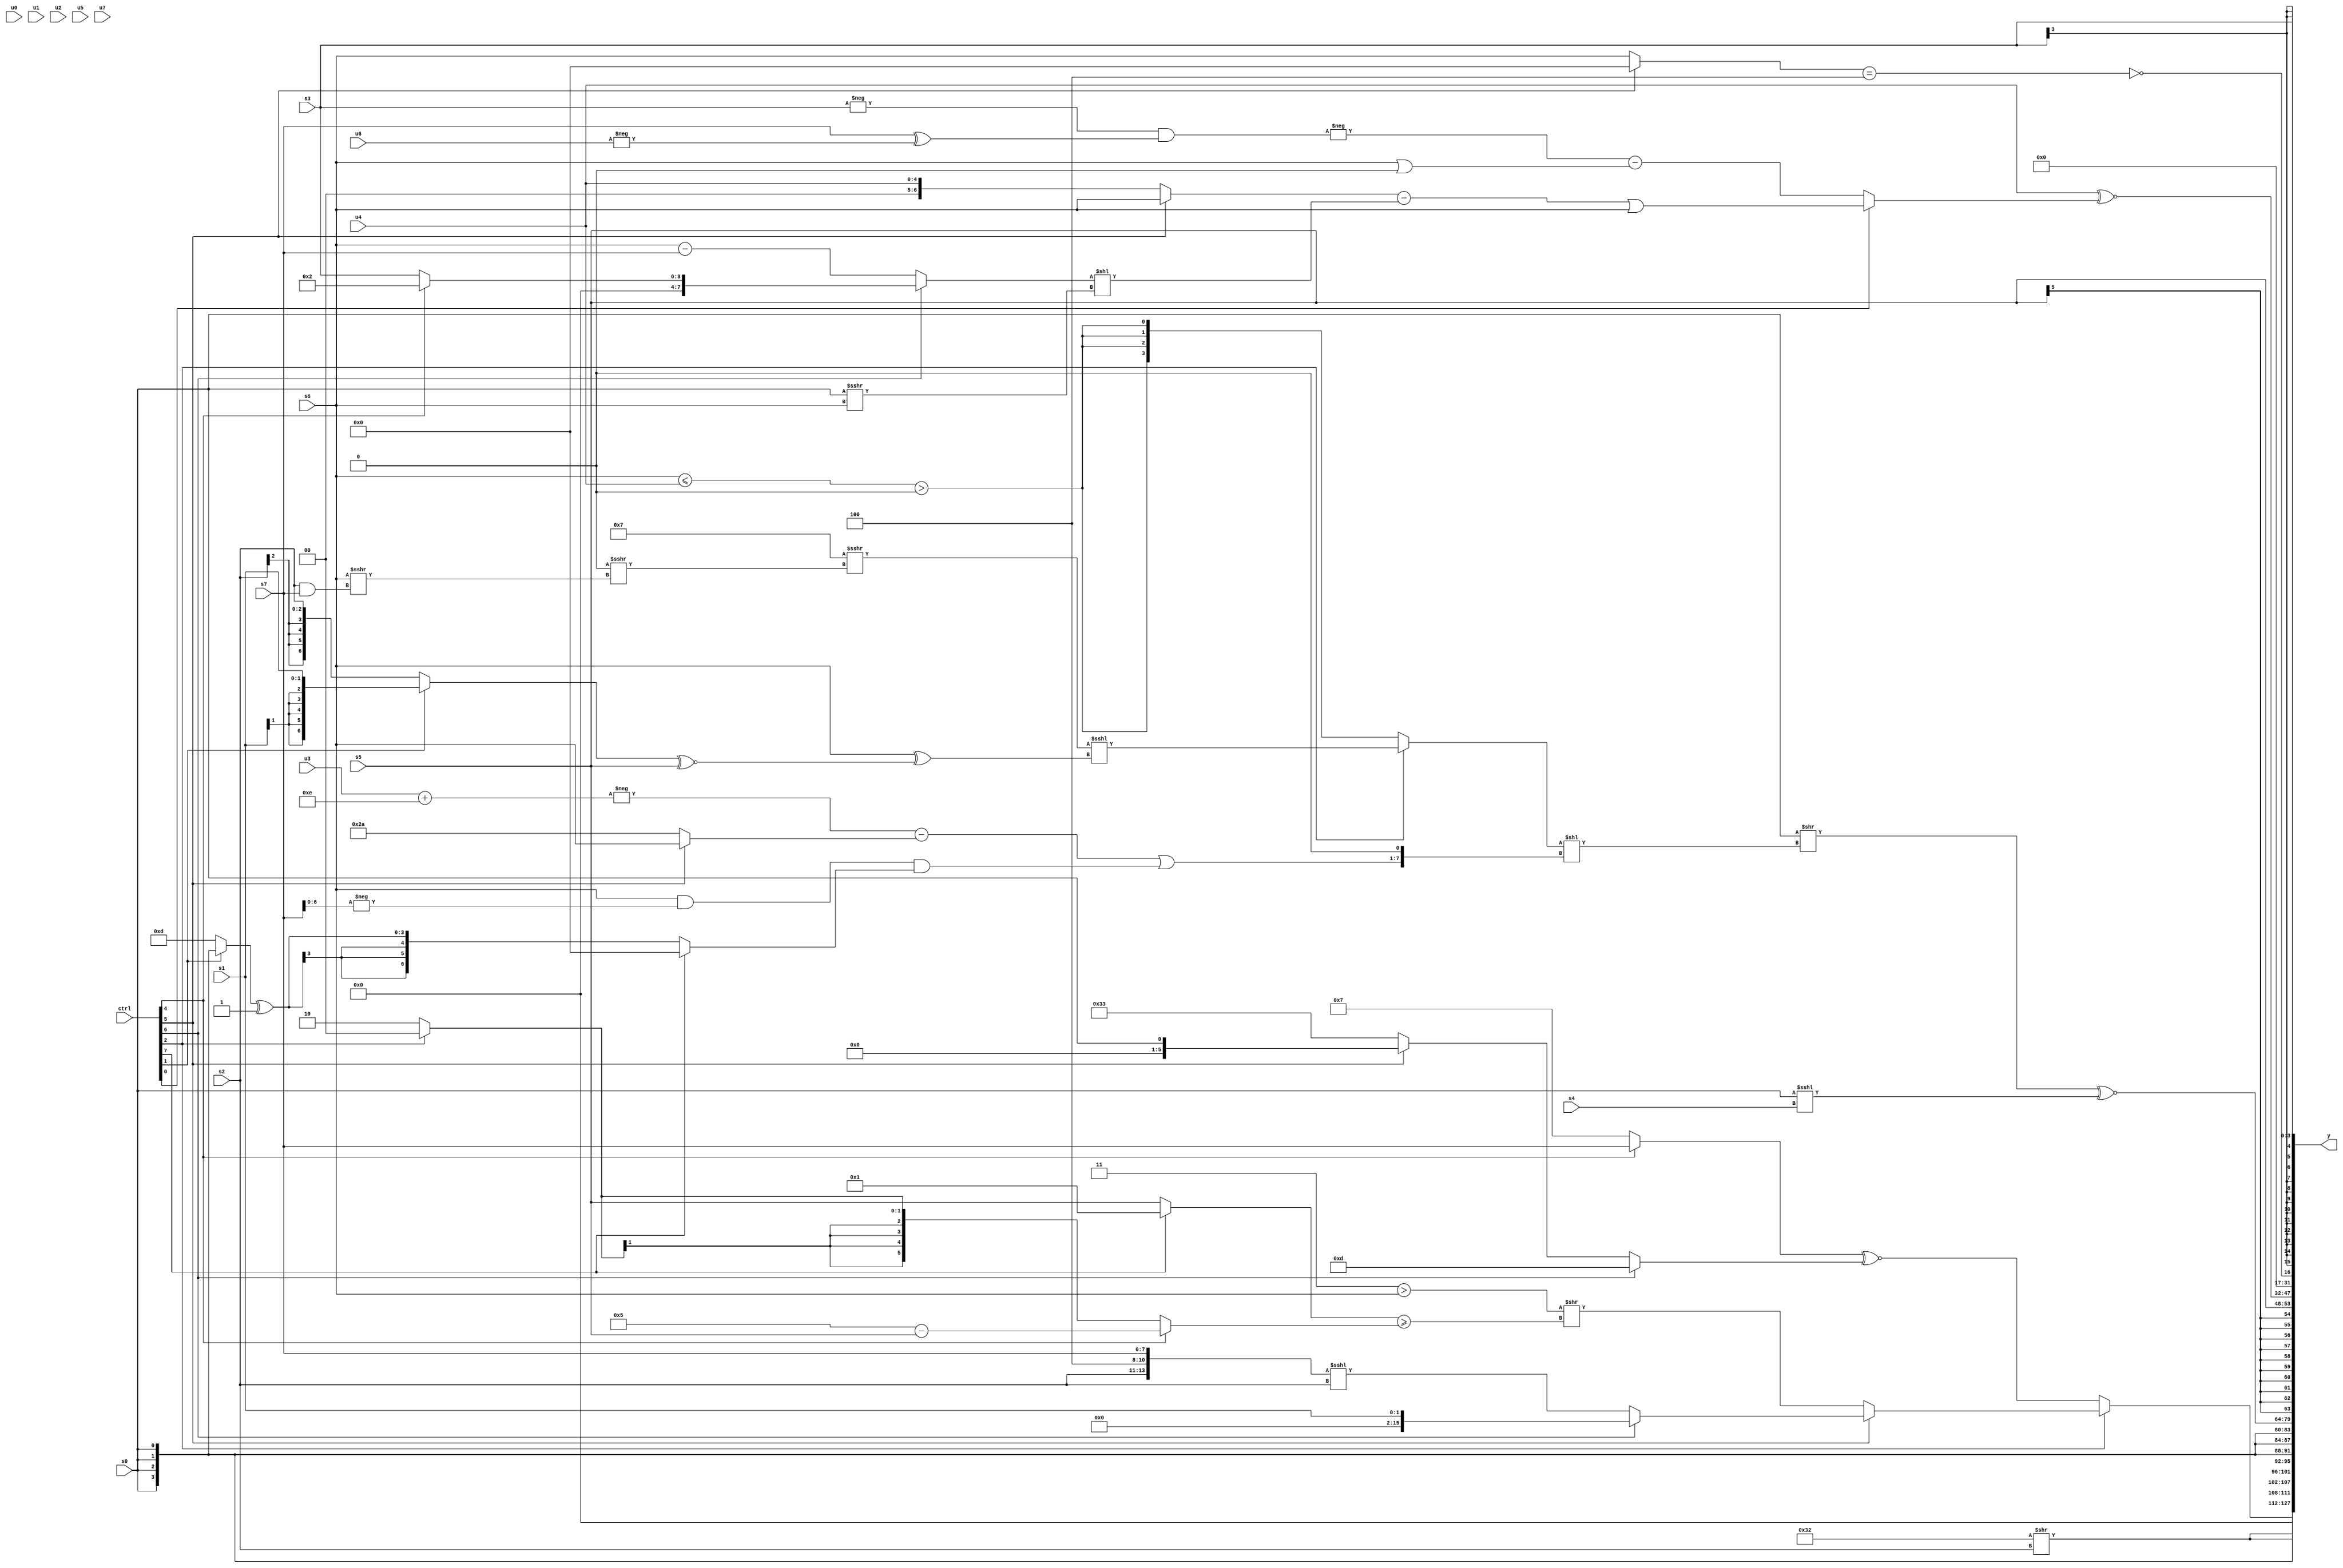
module wideexpr_00955(ctrl, u0, u1, u2, u3, u4, u5, u6, u7, s0, s1, s2, s3, s4, s5, s6, s7, y);
  input [7:0] ctrl;
  input [0:0] u0;
  input [1:0] u1;
  input [2:0] u2;
  input [3:0] u3;
  input [4:0] u4;
  input [5:0] u5;
  input [6:0] u6;
  input [7:0] u7;
  input signed [0:0] s0;
  input signed [1:0] s1;
  input signed [2:0] s2;
  input signed [3:0] s3;
  input signed [4:0] s4;
  input signed [5:0] s5;
  input signed [6:0] s6;
  input signed [7:0] s7;
  output [127:0] y;
  wire [15:0] y0;
  wire [15:0] y1;
  wire [15:0] y2;
  wire [15:0] y3;
  wire [15:0] y4;
  wire [15:0] y5;
  wire [15:0] y6;
  wire [15:0] y7;
  assign y = {y0,y1,y2,y3,y4,y5,y6,y7};
  assign y0 = +((ctrl[2]?(ctrl[5]?(ctrl[6]?$signed($signed(s1)):+(({1'b0,s2,3'sb100,s7})<<<(s2))):($signed((5'b00011)>($signed(s6))))>>(((ctrl[7]?2'sb01:s5))>=((ctrl[4]?(4'sb0101)-(s5):(ctrl[2]?1'sb0:2'sb10))))):((ctrl[4]?s7:3'sb111))^~((ctrl[6]?4'sb1101:(ctrl[5]?s0:6'sb110011)))));
  assign y1 = {2{(6'b110010)>>(s2)}};
  assign y2 = s0;
  assign y3 = ((s0)>>(((ctrl[2]?((4'sb0111)>>>((&(6'b001111))>>>(($signed(s6))>>>((s2)&(s7)))))<<<((s6)^(((ctrl[1]?$signed(s1):s2))^~($signed({1{s5}})))):$signed((|((s6)<=(u4)))>($signed(1'sb0)))))<<((($signed((-((u3)+(4'b1110)))-((ctrl[5]?s6:6'sb101010))))|(($signed((s6)&(-(s7))))&((ctrl[7]?((ctrl[4]?5'sb11011:s1))<<<($signed(6'sb110111)):((ctrl[1]?s0:4'sb1101))^(5'sb11111)))))<<<(+(1'sb1)))))^~((s0)<<<($signed(s4)));
  assign y4 = s5;
  assign y5 = (+($signed(u4)))^~($signed((ctrl[0]?(((ctrl[5]?$signed(s6):$signed($signed(u4))))-(((ctrl[6]?(ctrl[4]?3'sb010:s3):(s6)-(s7)))<<((s0)>>>(s6))))|(s6):(-(((-(s3))<<<({4{1'b0}}))&((s7)^(-(u6)))))-((s6)|(3'sb000)))));
  assign y6 = (+(((ctrl[5]?(ctrl[6]?$signed(3'sb000):$signed((((s3)&(6'sb111011))>=(+(s7)))<<<(^(+(1'b1))))):s6))==(6'sb111100)))==((s0)>>>(5'b11110));
  assign y7 = s3;
endmodule